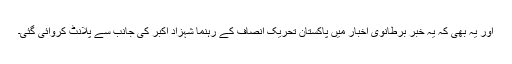
اور یہ بھی کہ یہ خبر برطانوی اخبار میں پاکستان تحریک انصاف کے رہنما شہزاد اکبر کی جانب سے پلانٹ کروائی گئی۔